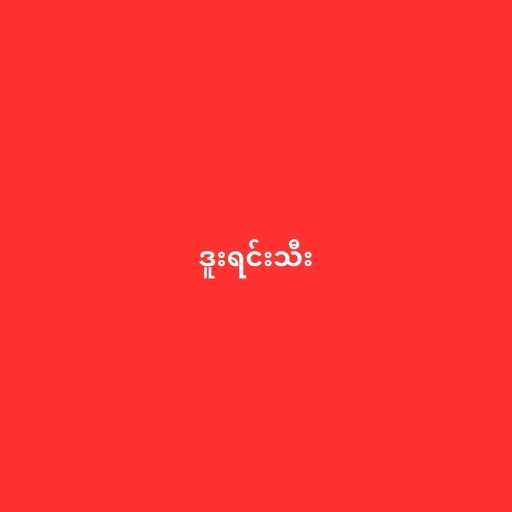
ဒူးရင်းသီး